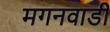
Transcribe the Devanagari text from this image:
मगनवाडी